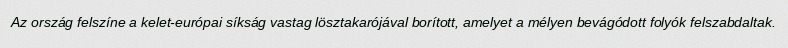
Az ország felszíne a kelet-európai síkság vastag lösztakarójával borított, amelyet a mélyen bevágódott folyók felszabdaltak.